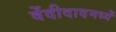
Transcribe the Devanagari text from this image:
वेंदीदादमध्यें